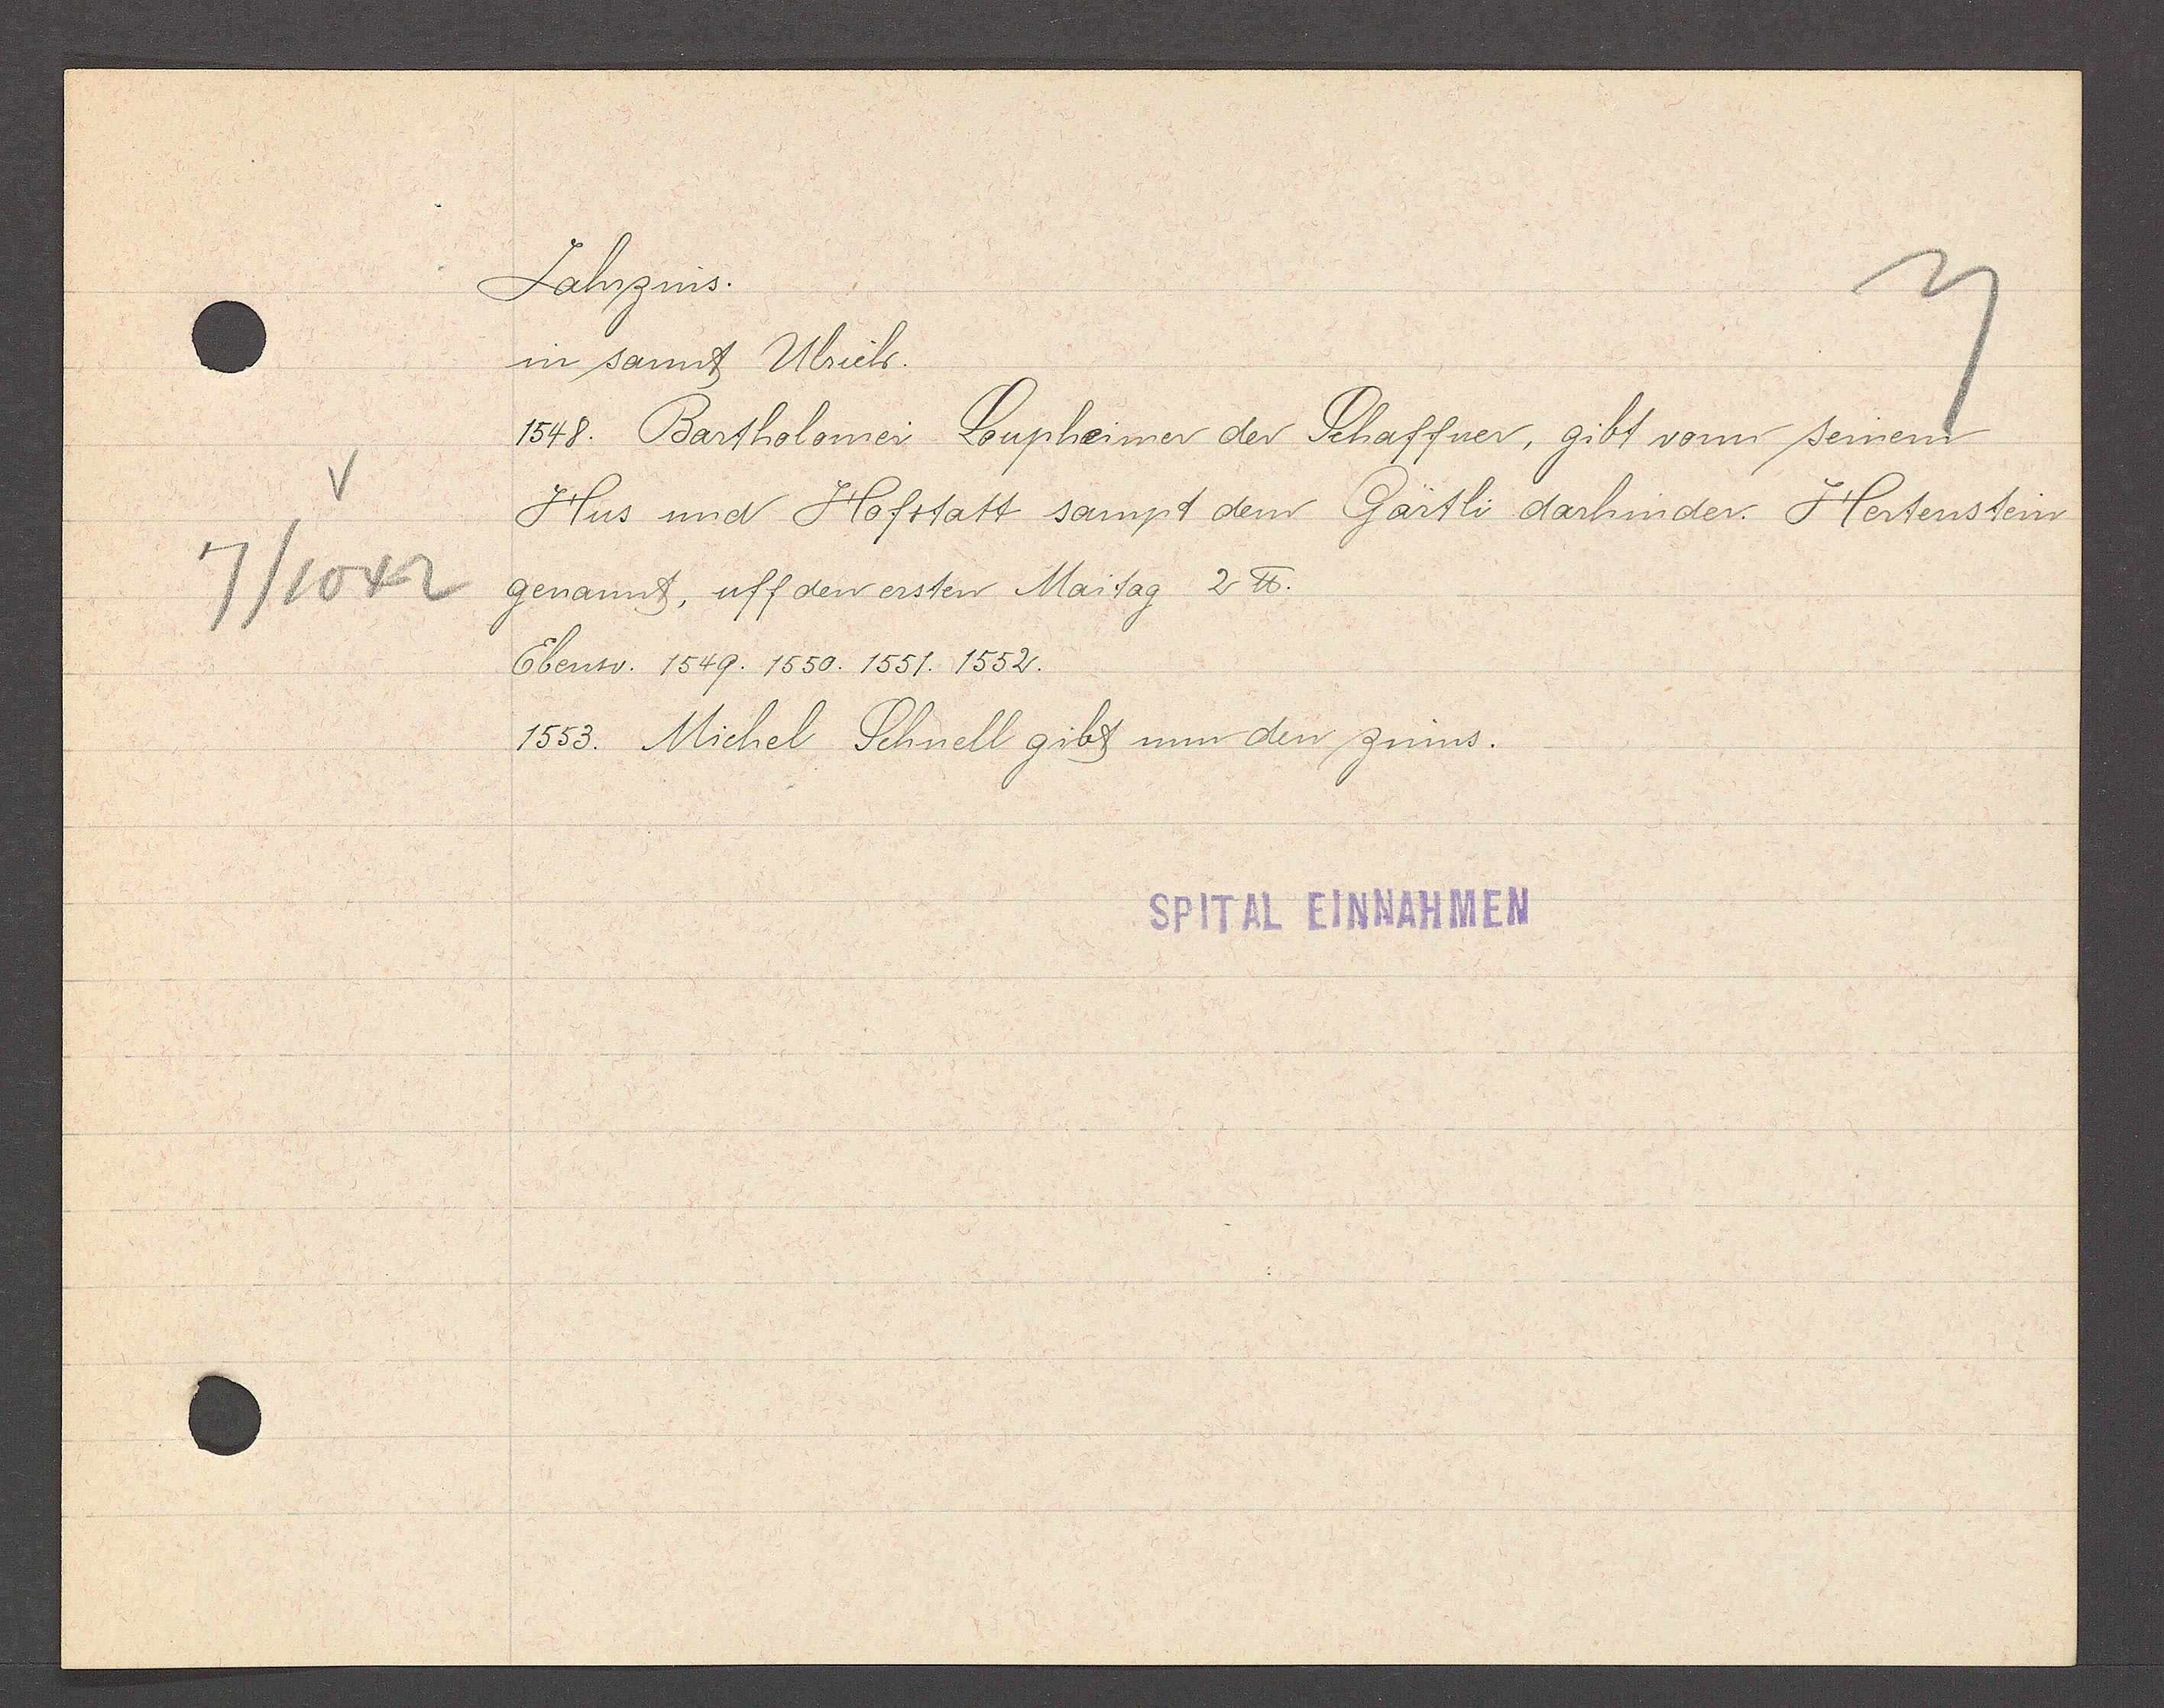
Transcript:
7/1042

Jahrzins.

in sannt Ulrich.
1548. Bartholomei Loupheimer der Schaffner, gibt vonn seinem
Hus und Hofstatt sampt dem Gärtli darhinder. Hertenstein
genannt, uff den ersten Maitag 2℔.
Ebenso. 1549. 1550. 1551. 1552.
1553. Michel. Schnell gibt nun den zinns.

SPITAL EINNAHMEN